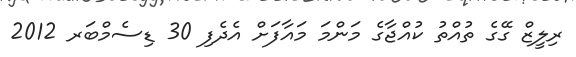
ރިލީޒް ގޭގެ ތުއްތު ކުއްޖާގެ މަންމަ މައާފަށް އެދެފި 30 ޑިސެމްބަރ 2012